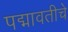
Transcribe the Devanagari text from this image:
पद्मावतीचे